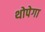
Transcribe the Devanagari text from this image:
थोपेगा